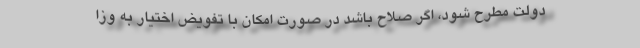
دولت مطرح شود، اگر صلاح باشد در صورت امکان با تفویض اختیار به وزا